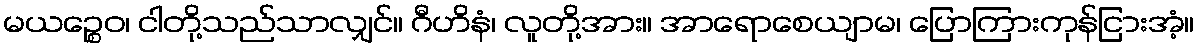
မယဉ္စေဝ၊ ငါတို့သည်သာလျှင်။ ဂီဟိနံ၊ လူတို့အား။ အာရောစေယျာမ၊ ပြောကြားကုန်ငြားအံ့။